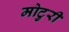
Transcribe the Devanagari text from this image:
मोटुरी